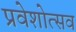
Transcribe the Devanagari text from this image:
प्रवेशोत्सव